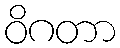
ဝိဂတာ